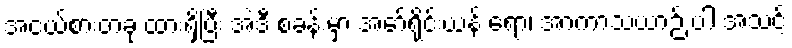
အငယ်စားတခု ထားရှိပြီး အဲဒီ စခန်းမှာ အော်ရိုင်းယန် ရော၊ အာကာသယာဉ် ပါ အသင့်